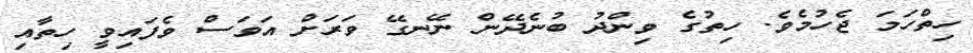
ހިތްހަމަ ޖެހުމެވެ. ހިތުގެ ވިންދު ބުނެދޭން ނޭނގޭ ވަރަށް އަވަސް ވެފައިވީ ހިތާއި